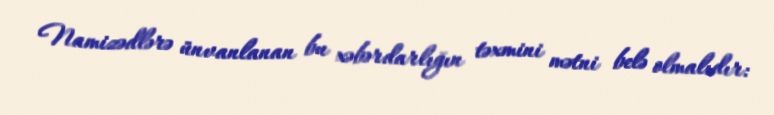
Namizədlərə ünvanlanan bu xəbərdarlığın təxmini mətni belə olmalıdır: